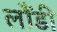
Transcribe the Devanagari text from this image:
लौंडी